Annual administration report of the Civil Veterinary Department of India - 1907-1908
Year: 1907
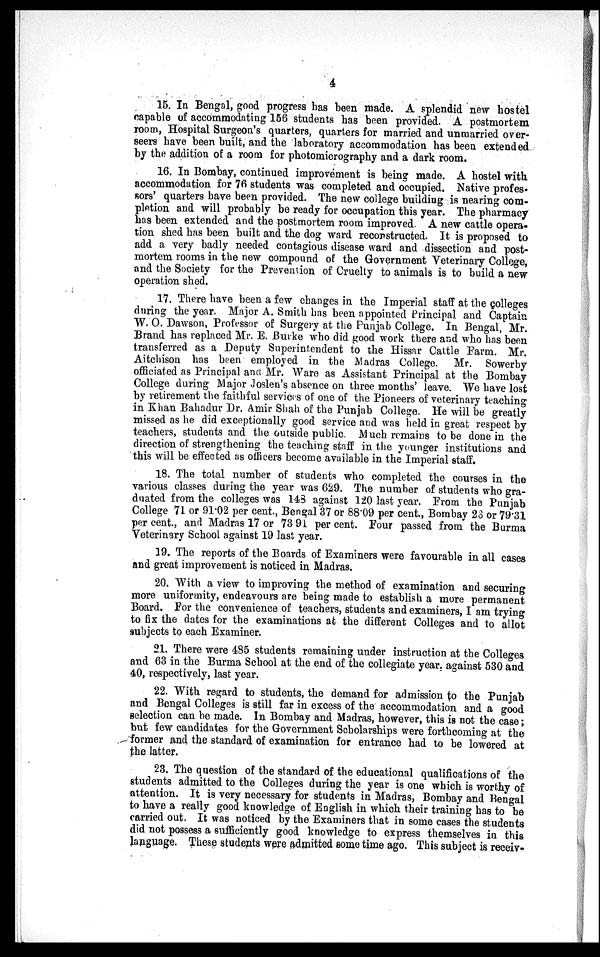
4
15. In Bengal, good progress has been made. A splendid new hostel
capable of accommodating 156 students has been provided. A postmortem
room, Hospital Surgeon's quarters, quarters for married and unmarried over-
seers have been built, and the laboratory accommodation has been extended
by the addition of a room for photomicrography and a dark room.
16. In Bombay, continued improvement is being made. A hostel with
accommodation for 76 students was completed and occupied. Native profes¬
sors' quarters have been provided. The new college building is nearing com-
pletion and will probably be ready for occupation this year. The pharmacy
has been extended and the postmortem room improved. A new cattle opera-
tion shed has been built and the dog ward reconstructed. It is proposed to
add a very badly needed contagious disease ward and dissection and post-
mortem rooms in the new compound of the Government Veterinary College,
and the Society for the Prevention of Cruelty to animals is to build a new
operation shed.
17. There have been a few changes in the Imperial staff at the colleges
during the year. Major A. Smith has been appointed Principal and Captain
W. O. Dawson, Professor of Surgery at the Punjab College. In Bengal, Mr.
Brand has replaced Mr. E. Burke who did good work there and who has been
transferred as a Deputy Superintendent to the Hissar Cattle Farm. Mr.
Aitchison has been employed in the Madras College. Mr. Sowerby
officiated as Principal and Mr. Ware as Assistant Principal at the Bombay
College during Major Joslen's absence on three months' leave. We have lost
by retirement the faithful services of one of the Pioneers of veterinary teaching
in Khan Bahadur Dr. Amir Shah of the Punjab College. He will be greatly
missed as he did exceptionally good service and was held in great respect by
teachers, students and the outside public. Much remains to be done in the
direction of strengthening the teaching staff in the younger institutions and
this will be effected as officers become available in the Imperial staff.
18. The total number of students who completed the courses in the
various classes during the year was 629. The number of students who gra-
duated from the colleges was 143 against 120 last year. From the Punjab
College 71 or 91.02 per cent., Bengal 37 or 88.09 per cent., Bombay 23 or 79.31
per cent., and Madras 17 or 73 91 per cent. Four passed from the Burma
Veterinary School against 19 last year.
19. The reports of the Boards of Examiners were favourable in all cases
and great improvement is noticed in Madras.
20. With a view to improving the method of examination and securing
more uniformity, endeavours are being made to establish a more permanent
Board. For the convenience of teachers, students and examiners, I am trying
to fix the dates for the examinations at the different Colleges and to allot
subjects to each Examiner.
21. There were 485 students remaining under instruction at the Colleges
and 63 in the Burma School at the end of the collegiate year, against 530 and
40, respectively, last year.
22. With regard to students, the demand for admission to the Punjab
and Bengal Colleges is still far in excess of the accommodation and a good
selection can be made. In Bombay and Madras, however, this is not the case;
but few candidates for the Government Scholarships were forthcoming at the
former and the standard of examination for entrance had to be lowered at
the latter.
23. The question of the standard of the educational qualifications of the
students admitted to the Colleges during the year is one which is worthy of
attention. It is very necessary for students in Madras, Bombay and Bengal
to have a really good knowledge of English in which their training has to be
carried out. It was noticed by the Examiners that in some cases the students
did not possess a sufficiently good knowledge to express themselves in this
language. These students were admitted some time ago. This subject is receiv-